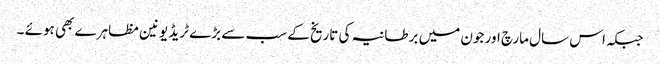
جبکہ اس سال مارچ اور جون میں برطانیہ کی تاریخ کے سب سے بڑے ٹریڈ یونین مظاہرے بھی ہوئے ۔